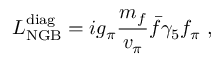
{ \cal { L } } _ { \mathrm { N G B } } ^ { \mathrm { d i a g } } = i g _ { \pi } \frac { m _ { f } } { v _ { \pi } } \bar { f } \gamma _ { 5 } f _ { \pi } ~ ,